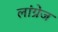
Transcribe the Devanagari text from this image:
लांग्रेज